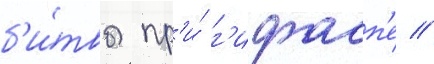
б'и́твы пр'и́ г'идасп'е //